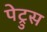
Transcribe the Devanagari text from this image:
पेट्रुस